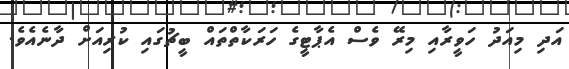
އަދި މިއަދު ހަވީރާއި މިރޭ ވެސް އެޕާޓީގެ ހަރަކާތްތައް ބީޗުގައި ކުރިއަށް ދާނެއެވެ.